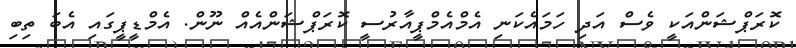
ކޮރަޕްޝަންއަކީ ވެސް އަދި ހަމައެކަނި އެމްއެމްޕީއާރުސީ ކޮރަޕްޝަންއެއް ނޫން. އެމްޑީޕީގައި އެބަ ތިބި